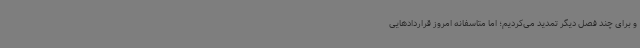
و برای چند فصل دیگر تمدید می‌کردیم؛ اما متاسفانه امروز قراردادهایی